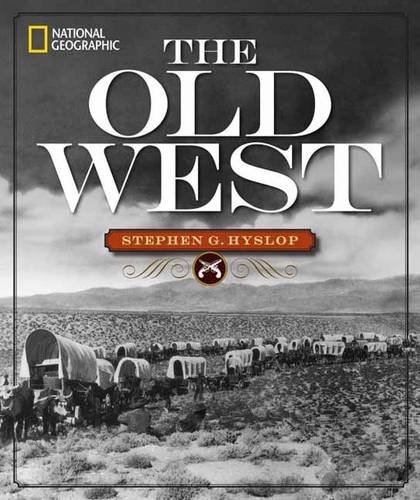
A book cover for National Geographic The Old West; Stephen G. Hyslop; History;